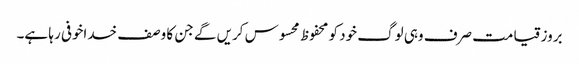
بروز قیامت صرف وہی لوگ خود کو محفوظ محسوس کریں گے جن کا وصف خداخوفی رہا ہے۔